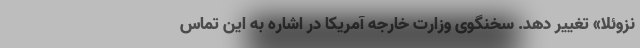
نزوئلا» تغییر دهد. سخنگوی وزارت خارجه آمریکا در اشاره به این تماس